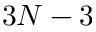
3 N - 3